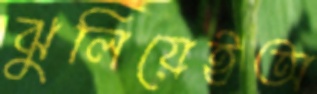
ঝুলিয়েইঅ